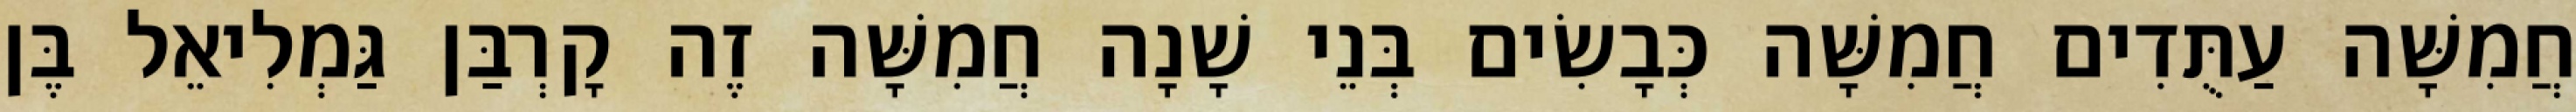
חֲמִשָּׁה עַתֻּדִים חֲמִשָּׁה כְּבָשִׂים בְּנֵי שָׁנָה חֲמִשָּׁה זֶה קָרְבַּן גַּמְלִיאֵל בֶּן